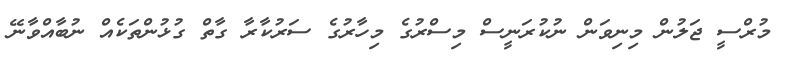
މުރްސީ ޖަލުން މިނިވަން ނުކުރަނީސް މިސްރުގެ މިހާރުގެ ސަރުކާރާ ގާތް ގުޅުންތަކެއް ނުބާއްވާނޭ